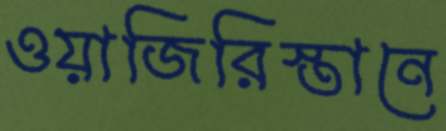
ওয়াজিরিস্তানে